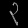
Digit: ၃